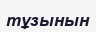
тұзынын